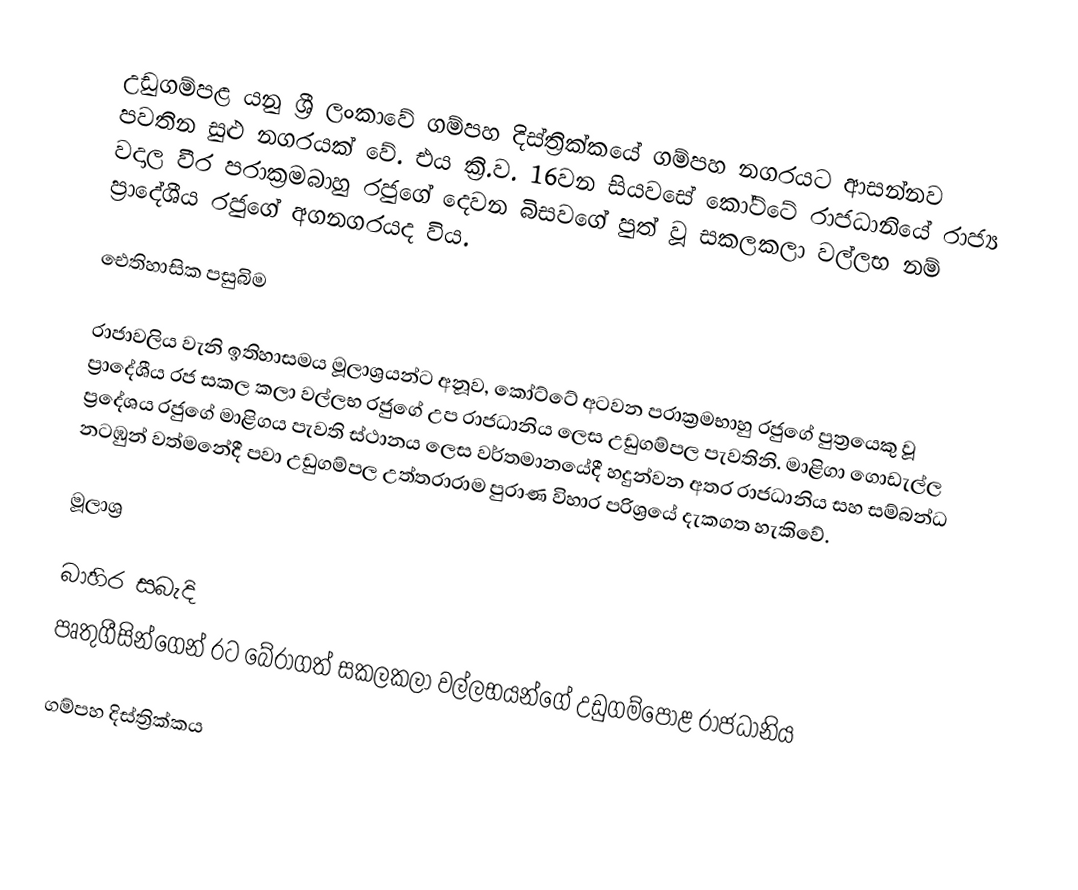
උඩුගම්පළ යනු ශ්‍රී ලංකාවේ ගම්පහ දිස්ත්‍රික්කයේ ගම්පහ නගරයට ආසන්නව පවතින සුළු නගරයක් වේ. එය ක්‍රි.ව. 16වන සියවසේ කෝට්ටේ රාජධානියේ රාජ්‍ය වදාල වීර පරාක්‍රමබාහු රජුගේ දෙවන බිසවගේ පුත් වූ සකලකලා වල්ලභ නම් ප්‍රාදේශීය රජුගේ අගනගරයද විය.

ඓතිහාසික පසුබිම

රාජාවලිය වැනි ඉතිහාසමය මූලාශ්‍රයන්ට අනූව, කෝට්ටේ අටවන පරාක්‍රමභාහු රජුගේ පුත්‍රයෙකු වූ ප්‍රාදේශීය රජ සකල කලා වල්ලභ රජුගේ උප රාජධානිය ලෙස උඩුගම්පල පැවතිනි. මාළිගා ගොඩැල්ල ප්‍රදේශය රජුගේ මාළිගය පැවති ස්ථානය ලෙස වර්තමානයේදී හදුන්වන අතර රාජධානිය සහ සම්බන්ධ නටඹුන් වත්මනේදී පවා උඩුගම්පල උත්තරාරාම පුරාණ විහාර පරිශ්‍රයේ දැකගත හැකිවේ.

මූලාශ්‍ර

බාහිර සබැදි
 පෘතුගීසින්ගෙන් රට බේරාගත් සකලකලා වල්ලභයන්ගේ උඩුගම්පොළ රාජධානිය

ගම්පහ දිස්ත්‍රික්කය